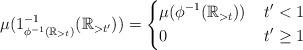
LaTeX: \begin{align*} \mu ( 1_{\phi^{-1} (\mathbb{R}_{> t})}^{-1} ( \mathbb{R}_{> t'})) = \left\{ \begin{aligned} & \mu ( \phi^{-1} (\mathbb{R}_{> t} ) ) & & \; t' < 1 \\ & 0 & & \; t' \geq 1 \end{aligned} \right. \end{align*}